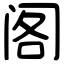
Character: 阁